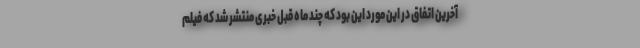
آخرین اتفاق در این مورد این بود که چند ماه قبل خبری منتشر شد که فیلم